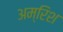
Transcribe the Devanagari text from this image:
अम्रिश